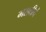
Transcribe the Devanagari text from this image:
मराठीचं